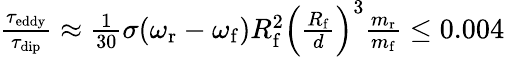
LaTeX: \begin{array}{r}{\frac{\tau_{\mathrm{eddy}}}{\tau_{\mathrm{dip}}}\approx\frac{1}{30}\sigma(\omega_{\mathrm{r}}-\omega_{\mathrm{f}})R_{\mathrm{f}}^{2}\left(\frac{R_{\mathrm{f}}}{d}\right)^{3}\frac{m_{\mathrm{r}}}{m_{\mathrm{f}}}\leq 0.004}\end{array}